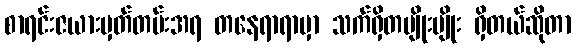
စာရင်းဇယားမှတ်တမ်းအရ တနေရာရာမှာ သက်ရှိတမျိုးမျိုး ရှိတယ်ဆိုတာ